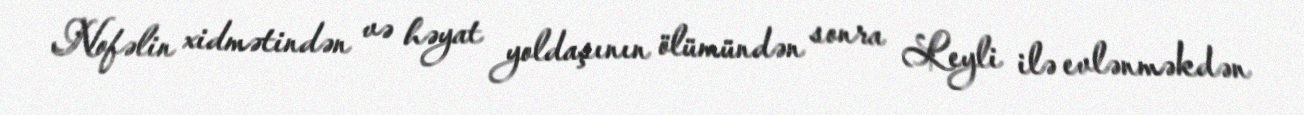
Nofəlin xidmətindən və həyat yoldaşının ölümündən sonra Leyli ilə evlənməkdən